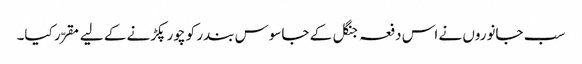
سب جانوروں نے اس دفعہ جنگل کے جاسوس بندر کو چور پکڑنے کے لیے مقرّر کیا۔